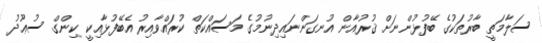
ސަލާމަތީ ބާރުތަކުގެ ބޭފުޅުންނަށް ޤުރުއާން އުނގަންނައިދިނުމުގެ މަސައްކަތް ކުރައްވާއިރު އެބޭފުޅާއިކީ ކިންގް ސުޢޫދު